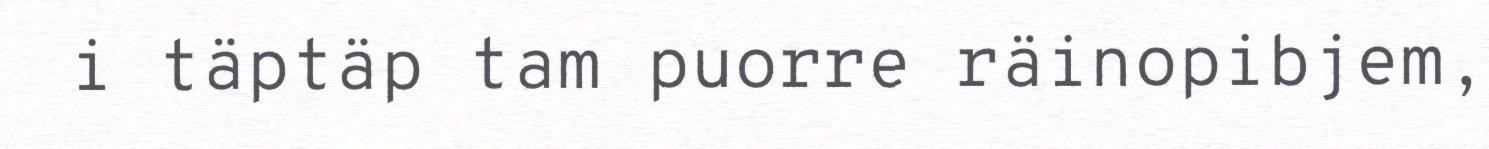
i täptäp tam puorre räinopibjem,